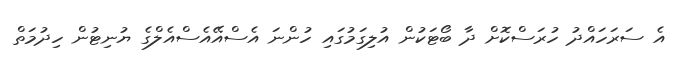
އެ ސަރަހައްދު ހުރަސްކޮށް ދާ ބޯޓަކުން އުލިގަމުގައި ހުންނަ އެސްއޭއެސްއެލްގެ ޔުނިޓުން ހިދުމަތް